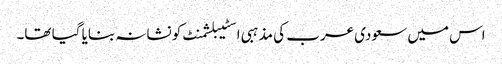
اس میں سعودی عرب کی مذہبی اسٹیبلشمنٹ کو نشانہ بنایا گیا تھا۔